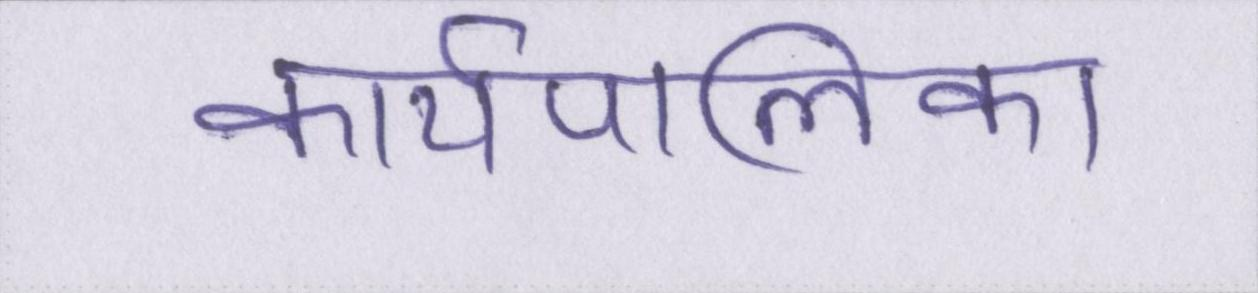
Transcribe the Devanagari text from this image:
कार्यपालिका